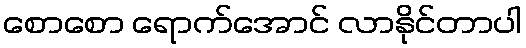
စောစော ရောက်အောင် လာနိုင်တာပါ